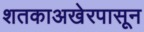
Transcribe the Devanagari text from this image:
शतकाअखेरपासून